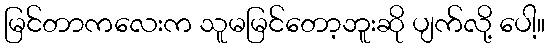
မြင်တာကလေးက သူမမြင်တော့ဘူးဆို ပျက်လို့ ပေါ့။